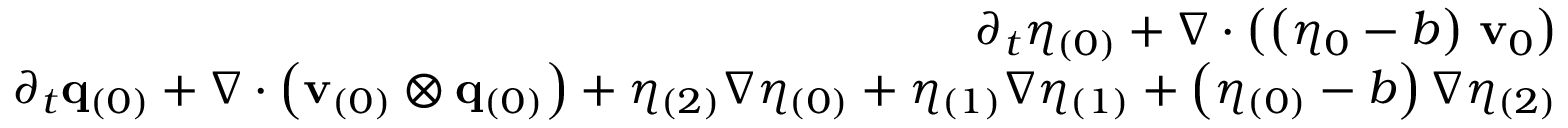
\begin{array} { r l } { \partial _ { t } \eta _ { ( 0 ) } + \nabla \cdot \left( \left( \eta _ { 0 } - b \right) \, \mathbf { v } _ { 0 } \right) } & { { } = 0 , } \\ { \partial _ { t } \mathbf { q } _ { ( 0 ) } + \nabla \cdot \left( \mathbf { v } _ { ( 0 ) } \otimes \mathbf { q } _ { ( 0 ) } \right) + \eta _ { ( 2 ) } \nabla \eta _ { ( 0 ) } + \eta _ { ( 1 ) } \nabla \eta _ { ( 1 ) } + \left( \eta _ { ( 0 ) } - b \right) \nabla \eta _ { ( 2 ) } } & { { } = \mathbf { 0 } . } \end{array}